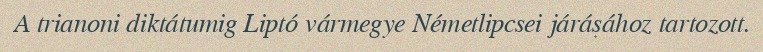
A trianoni diktátumig Liptó vármegye Németlipcsei járásához tartozott.